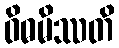
ဝိဓမိဿတိ